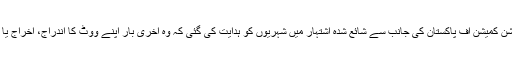
تفصیلات کے مطابق الیکشن کمیشن آف پاکستان کی جانب سے شائع شدہ اشتہار میں شہریوں کو ہدایت کی گئی کہ وہ آخری بار اپنے ووٹ کا اندراج، اخراج یا درستگی کروا سکتے ہیں۔